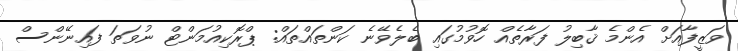
ވަޒީފާއަށް އެންމެ ޤާބިލު ފަރާތެއް ހޮވުމުގައި ބެލެވޭނެ ކަންތައްތައް: ޕްރޮކިއުމަންޓް ނުވަތަ ފައިނޭންސް